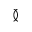
\between